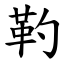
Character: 靮